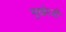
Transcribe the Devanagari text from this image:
मुखेरजी